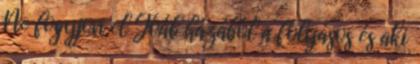
Ne fogyjon el Jóáb házából a folyásos és aki